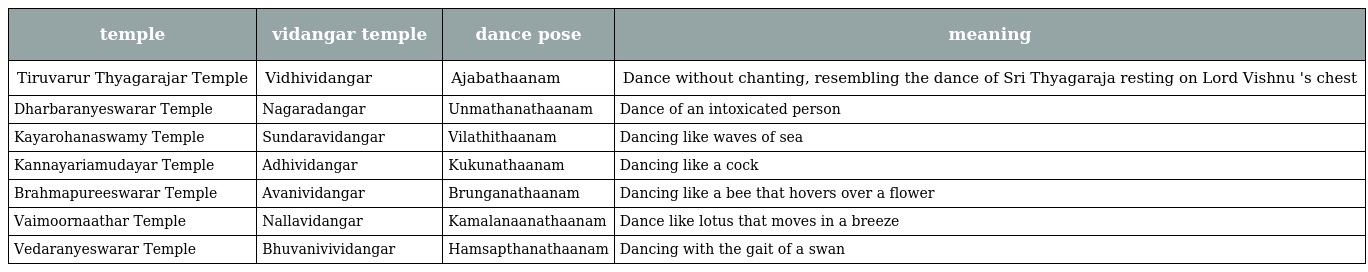
| temple | vidangar temple | dance pose | meaning |
 | --- | --- | --- | --- |
 | Tiruvarur Thyagarajar Temple | Vidhividangar | Ajabathaanam | Dance without chanting, resembling the dance of Sri Thyagaraja resting on Lord Vishnu 's chest |
 | Dharbaranyeswarar Temple | Nagaradangar | Unmathanathaanam | Dance of an intoxicated person |
 | Kayarohanaswamy Temple | Sundaravidangar | Vilathithaanam | Dancing like waves of sea |
 | Kannayariamudayar Temple | Adhividangar | Kukunathaanam | Dancing like a cock |
 | Brahmapureeswarar Temple | Avanividangar | Brunganathaanam | Dancing like a bee that hovers over a flower |
 | Vaimoornaathar Temple | Nallavidangar | Kamalanaanathaanam | Dance like lotus that moves in a breeze |
 | Vedaranyeswarar Temple | Bhuvanivividangar | Hamsapthanathaanam | Dancing with the gait of a swan |